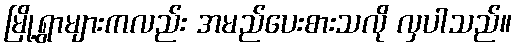
မြို့ရွာများကလည်း အမည်ပေးစားသလို လှပါသည်။